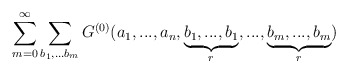
\begin{align*} \sum _{m=0}^{\infty}\sum _{b_1,...b_m}{G}^{(0)}(a_1,...,a_n,\underbrace{b_1,...,b_1}_{r},...,\underbrace{b_m,...,b_m}_{r})\end{align*}